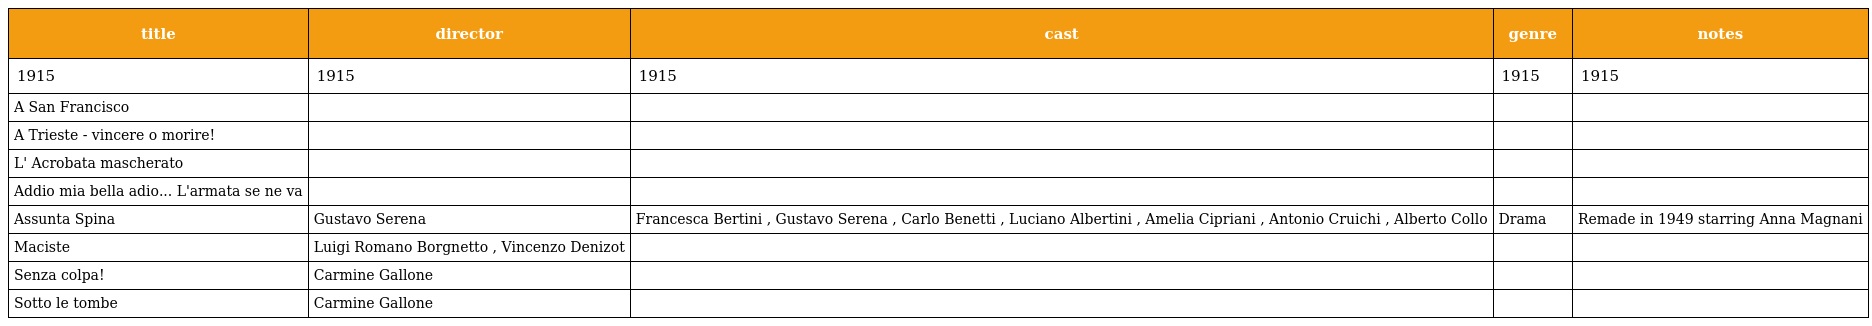
| title | director | cast | genre | notes |
 | --- | --- | --- | --- | --- |
 | 1915 | 1915 | 1915 | 1915 | 1915 |
 | A San Francisco |  |  |  |  |
 | A Trieste - vincere o morire! |  |  |  |  |
 | L' Acrobata mascherato |  |  |  |  |
 | Addio mia bella adio... L'armata se ne va |  |  |  |  |
 | Assunta Spina | Gustavo Serena | Francesca Bertini , Gustavo Serena , Carlo Benetti , Luciano Albertini , Amelia Cipriani , Antonio Cruichi , Alberto Collo | Drama | Remade in 1949 starring Anna Magnani |
 | Maciste | Luigi Romano Borgnetto , Vincenzo Denizot |  |  |  |
 | Senza colpa! | Carmine Gallone |  |  |  |
 | Sotto le tombe | Carmine Gallone |  |  |  |